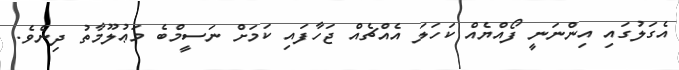
އެގަލުގައި އިންނަނީ ފޯއްޔެއް ކަހަލަ އެއްޗެއް ޖަހާފައި ކަމަށް ނަސީމްބެ މަޢުލޫމާތު ދިނެވެ.